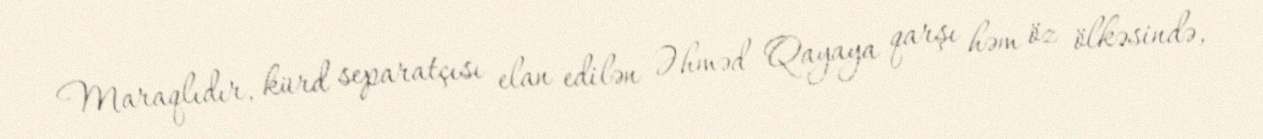
Maraqlıdır, kürd separatçısı elan edilən Əhməd Qayaya qarşı həm öz ölkəsində,